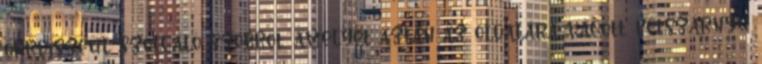
orrdíszéül szolgáló szobrot, amelyet aztán az oldalára vágott, kétszárnyú